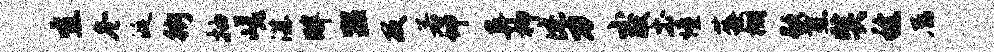
宜冬涎街抽嵯湛畔盥及若坤异抑此力小献土憧莓棚歇燕奘稔属